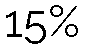
15%